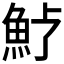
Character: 𩵿